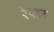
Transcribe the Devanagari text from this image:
रेयडर